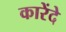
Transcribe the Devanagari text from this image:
कारेंदे